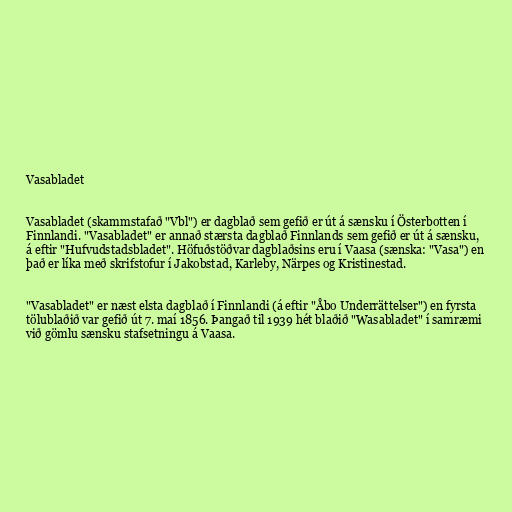
Vasabladet

Vasabladet (skammstafað "Vbl") er dagblað sem gefið er út á sænsku í Österbotten í
Finnlandi. "Vasabladet" er annað stærsta dagblað Finnlands sem gefið er út á sænsku,
á eftir "Hufvudstadsbladet". Höfuðstöðvar dagblaðsins eru í Vaasa (sænska: "Vasa") en
það er líka með skrifstofur í Jakobstad, Karleby, Närpes og Kristinestad.

"Vasabladet" er næst elsta dagblað í Finnlandi (á eftir "Åbo Underrättelser") en fyrsta
tölublaðið var gefið út 7. maí 1856. Þangað til 1939 hét blaðið "Wasabladet" í samræmi
við gömlu sænsku stafsetningu á Vaasa.